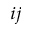
_ { i j }